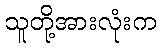
သူတို့အားလုံးက